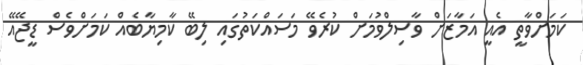
ކަމަށްވާތީ އެއީ އަމާޒަށް ވާސިލްވުމަށް ކުރެވޭ މަސައްކަތުގައި ލިބޭ ކާމިޔާބެއް ކަމަށްވެސް ޑީޖޭއޭ